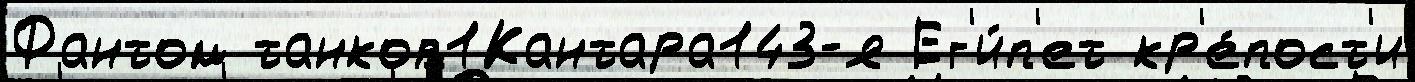
Фантом танков1Кантара143-я Ег'и́п'ет кр'е́пост'и